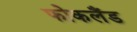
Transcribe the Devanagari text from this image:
फोकलैंड